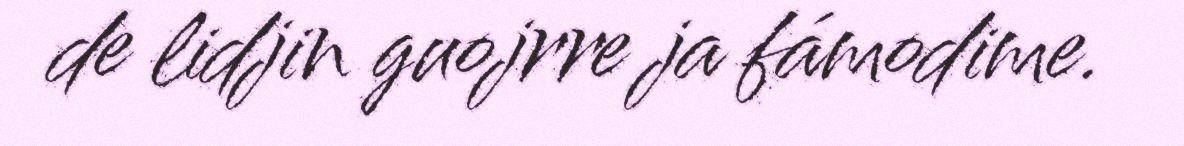
de lidjin guojrre ja fámodime.